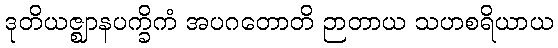
ဒုတိယဇ္ဈာနပက္ခိကံ အပဂတောတိ ဉာတာယ သဟစရိယာယ